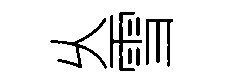
乆雪